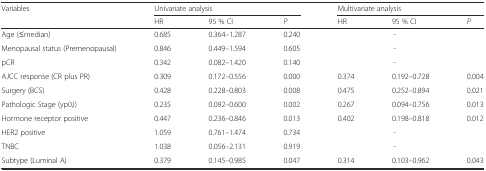
| <ROWSPAN=2> Variables | <COLSPAN=3> Univariate analysis | <COLSPAN=3> Multivariate analysis |
 | HR | 95 % CI | P | HR | 95 % CI | P |
 | --- | --- | --- | --- | --- | --- | --- |
 | Age (≤median) | 0.685 | 0.364–1.287 | 0.240 |  | - |  |
 | Menopausal status (Premenopausal) | 0.846 | 0.449–1.594 | 0.605 |  | - |  |
 | pCR | 0.342 | 0.082–1.420 | 0.140 |  | - |  |
 | AJCC response (CR plus PR) | 0.309 | 0.172–0.556 | 0.000 | 0.374 | 0.192–0.728 | 0.004 |
 | Surgery (BCS) | 0.428 | 0.228–0.803 | 0.008 | 0.475 | 0.252–0.894 | 0.021 |
 | Pathologic Stage (yp0,I) | 0.235 | 0.092–0.600 | 0.002 | 0.267 | 0.094–0.756 | 0.013 |
 | Hormone receptor positive | 0.447 | 0.236–0.846 | 0.013 | 0.402 | 0.198–0.818 | 0.012 |
 | HER2 positive | 1.059 | 0.761–1.474 | 0.734 |  | - |  |
 | TNBC | 1.038 | 0.056–2.131 | 0.919 |  | - |  |
 | Subtype (Luminal A) | 0.379 | 0.145–0.985 | 0.047 | 0.314 | 0.103–0.962 | 0.043 |